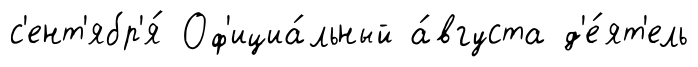
с'ент'ябр'я́ Оф'ициа́льный а́вгуста д'е́ят'ель